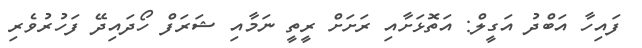
ފައިހާ އަބްދު އަގީލް: އަތޮޅަށާއި ރަށަށް ރީތީ ނަމާއި ޝަރަފް ހޯދައިދޭ ފަހުރުވެރި